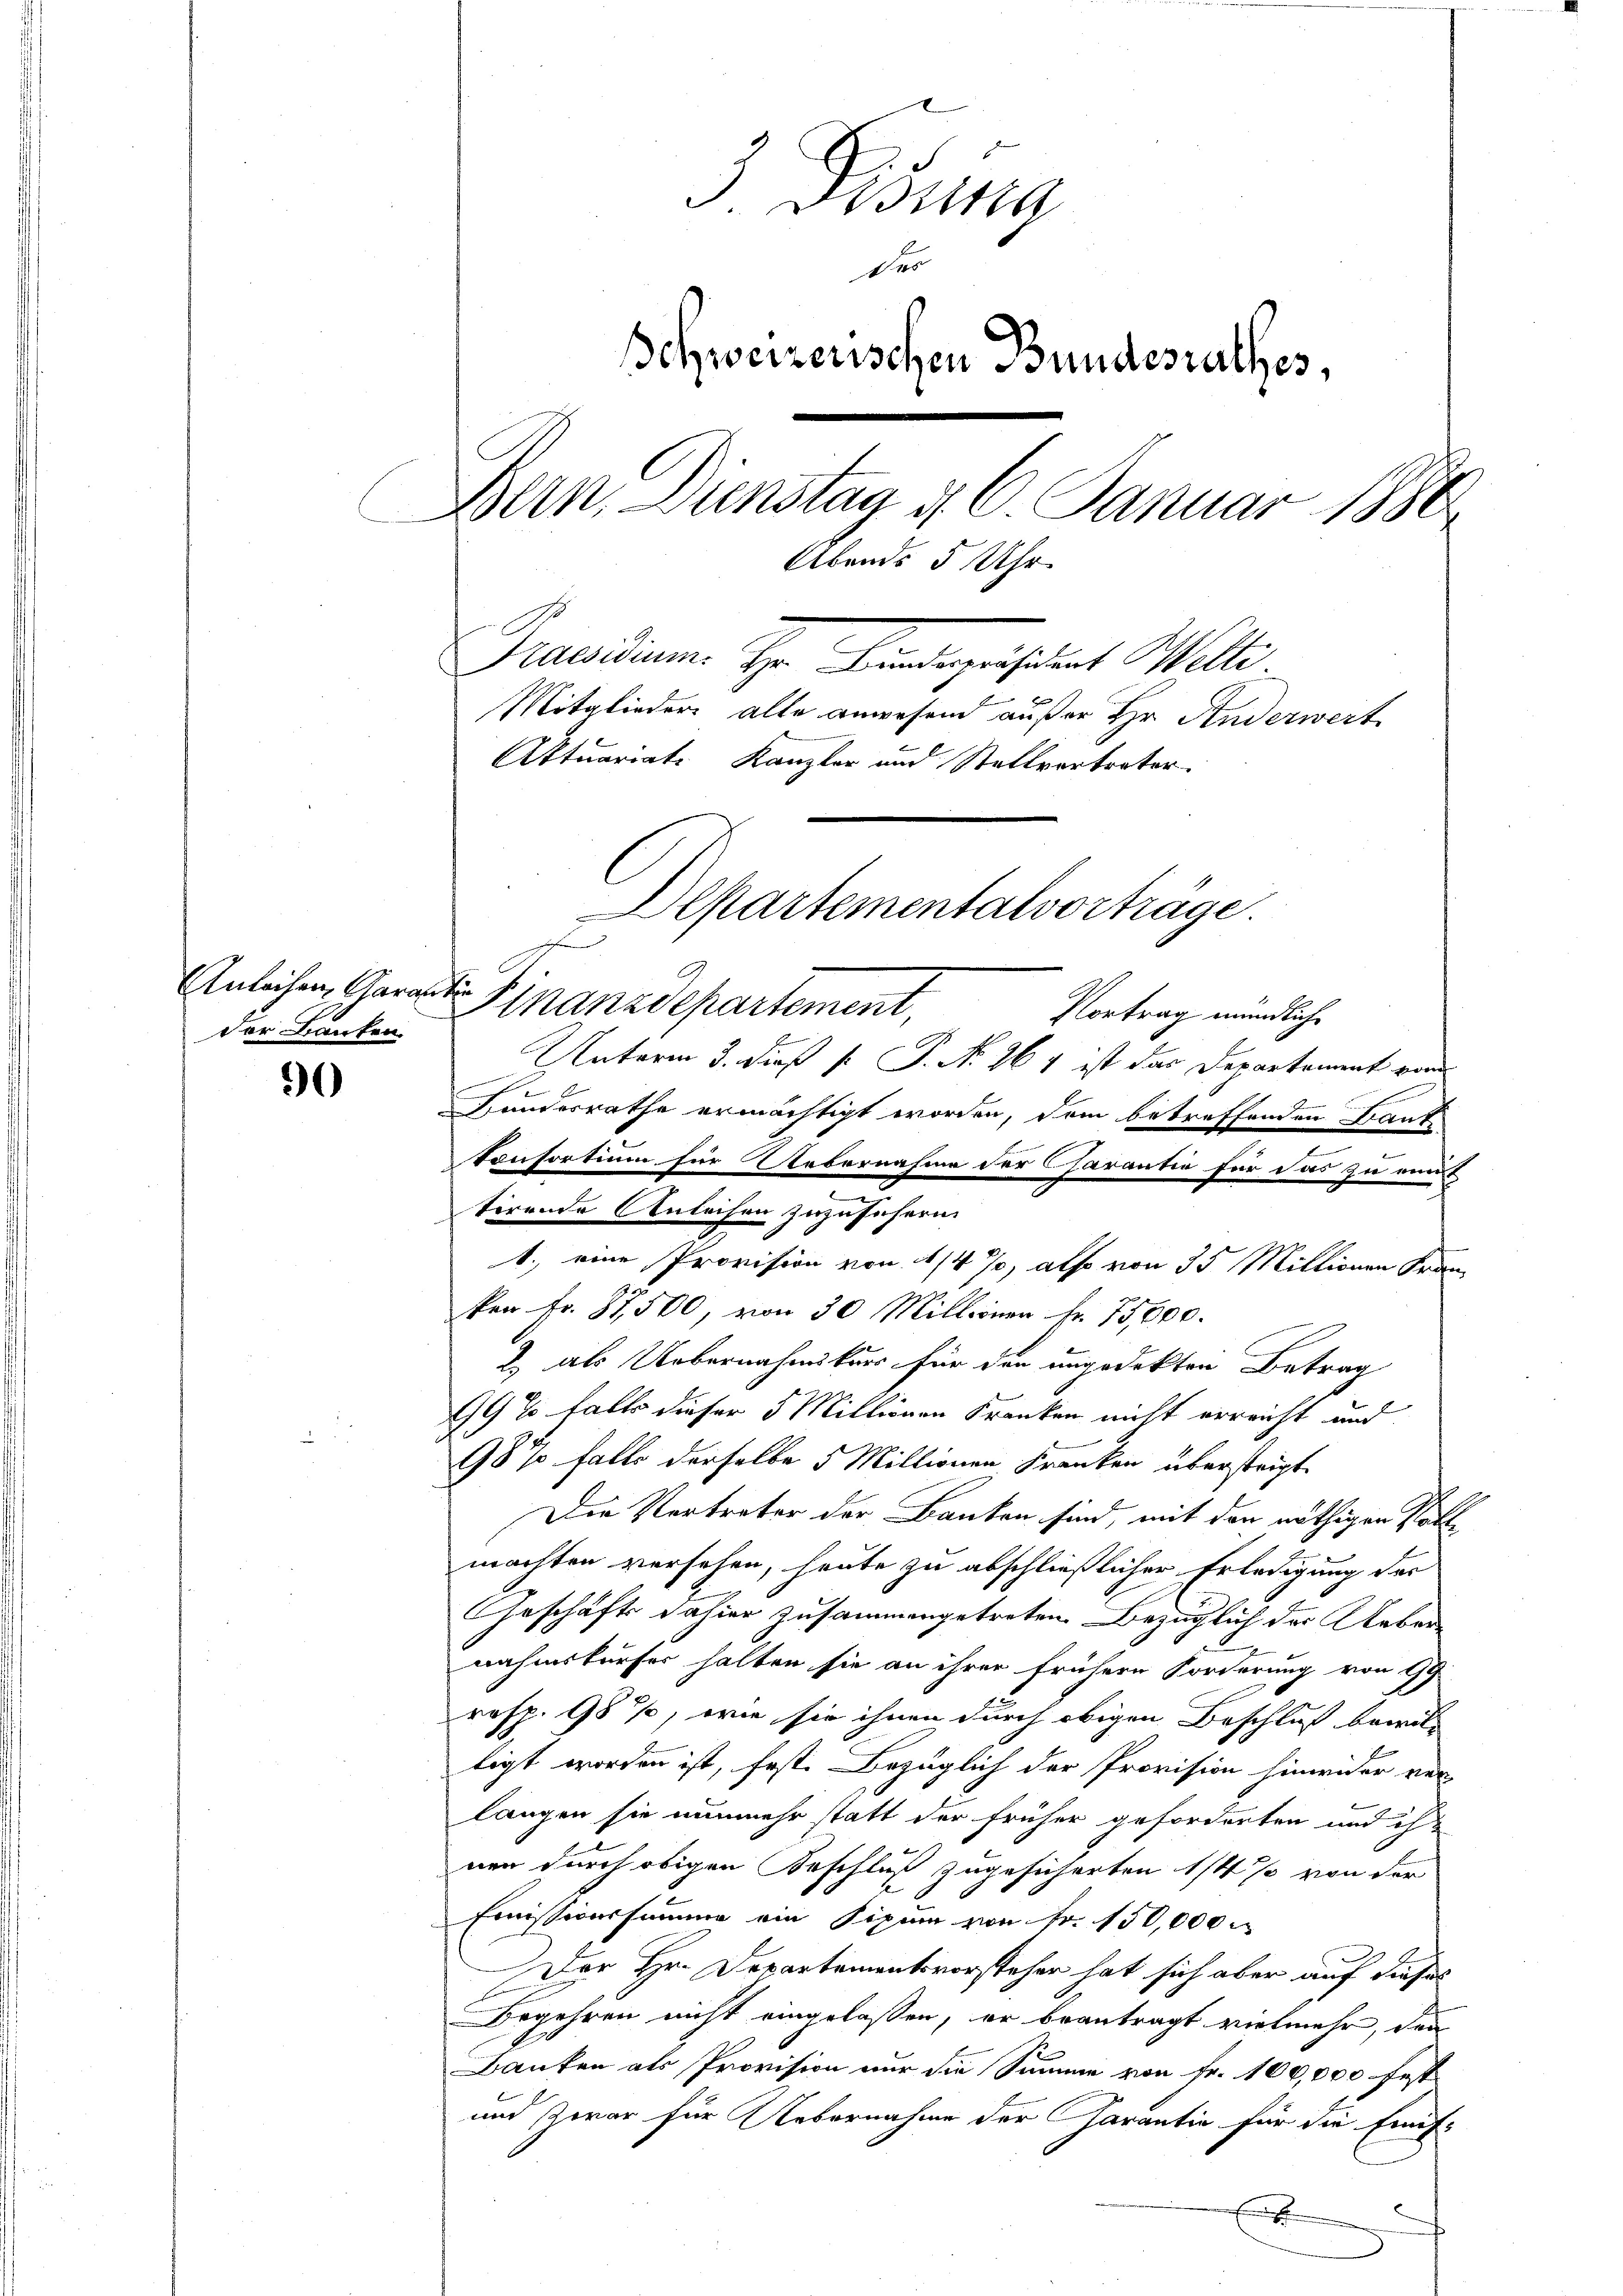
30

3 Fisung
5
Schweizerischen Bundesrathes,
Bern Dienstag d. 6. Januar 1880
Abends 5 Uhr
Praesidium. Hr. Kindegeistent Welti.
d
Mitglieder alle anwesend außer Hr. Anderwert
Aktuariats Kanzler und Stellvertrater
Departementalvorträge
Anleihen, Garant. Finanzdepartement,
Vortrag mündliche

der Bauten.

Unterm 3. dieß P. P. N. 264 ist das Departament von
Hundesrathe ermächtigt worden, dem betreffenden Baute
Consortium für Uebernahme der Charantie für das zu eint
.
tirende Anleihen zuzusehern
1., eine Provision von 4/4 %, also von 35 Millionen Fran
ken Fr. 37,500, von 30 Millionen Fr. 75,600.
2) als Uebernahmikurs für den ungedekten Betrag
99% falls dieser 5 Millionen Kranken nicht erreicht und
98% falls derselbe 5 Millionen Franken übersteigt
Die Vertreter der Banken sind, mit der nöthigen Statte
machten versehen, heute zu abschließlicher Erledigung der
Geschäfts dahier zusammengetreten. Bezüglich der Ueber
nahmskurser halten sie an ihrer frühere Forderung von Gy
resp. 98 %, wie sie ihnen durch obigen Beschluß bewil-
ligt worden ist, fest. Bezüglich der Provision hinwider ver-
langen sie nunmehr statt der früher geforderten und ihnen durch obigen Beschluß zugesicherten 1/4% von der
Emissionssumme ein Sipum von Fr. 150,000.
Der Hr. Departementsvorsteher hat sich aber auf dieses
Begehren nicht eingelassen, er beantragt vielmehr, den
Banken als Provision nur die Summe von Fr. 100,000 fest
und zwar für Uebernahme der Garantie für die Finifx